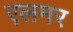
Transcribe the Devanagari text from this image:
एलमर